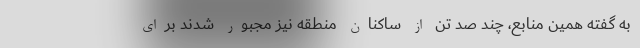
به گفته همین منابع، چند صد تن از ساکنان منطقه نیز مجبور شدند برای